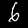
Digit: 6